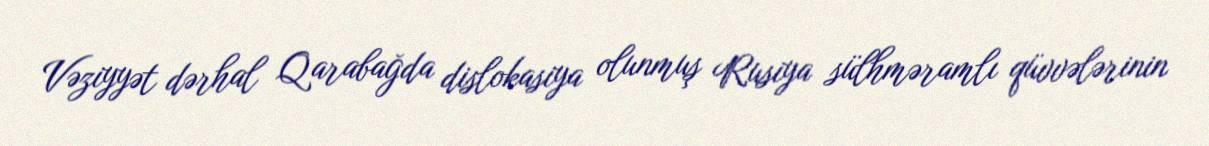
Vəziyyət dərhal Qarabağda dislokasiya olunmuş Rusiya sülhməramlı qüvvələrinin